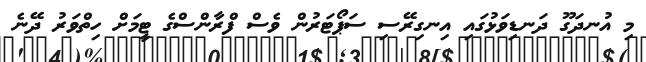
މި އުނދަގޫ ދަނޑިވަޅުގައި އިނގިރޭސި ސަޕޯޓަރުން ވެސް ފްރާންްސްގެ ޓީމަށް ހިތްވަރު ދޭނެ